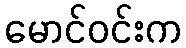
မောင်ဝင်းက